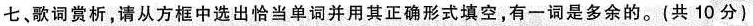
七、歌词赏析,请从方框中选出恰当单词并用其正确形式填空,有一词是多余的.(共 10 分)